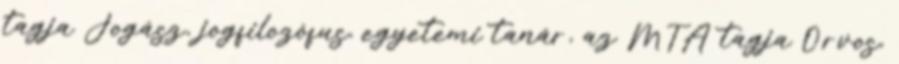
tagja Jogász, jogfilozófus, egyetemi tanár, az MTA tagja Orvos,